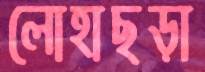
লোহাছড়া